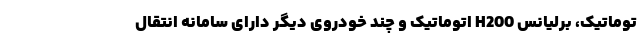
توماتیک، برلیانس H200 اتوماتیک و چند خودروی دیگر دارای سامانه انتقال